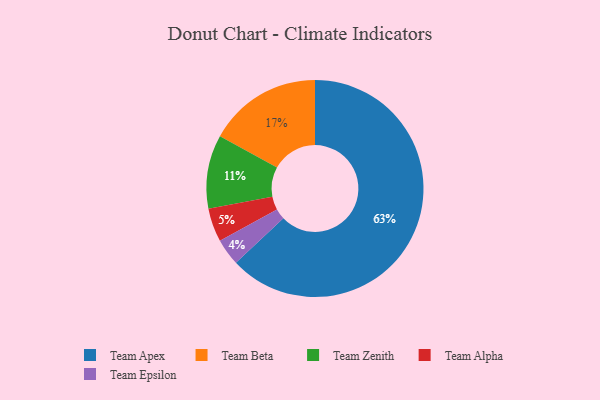
{"axis": {"x": "Category", "y": "Percentage"}, "legend": ["Team Alpha", "Team Apex", "Team Beta", "Team Epsilon", "Team Zenith"], "data": [{"x": "Team Alpha", "y": 5, "type": "Team Alpha"}, {"x": "Team Apex", "y": 63, "type": "Team Apex"}, {"x": "Team Zenith", "y": 11, "type": "Team Zenith"}, {"x": "Team Epsilon", "y": 4, "type": "Team Epsilon"}, {"x": "Team Beta", "y": 17, "type": "Team Beta"}]}